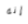
إنه